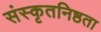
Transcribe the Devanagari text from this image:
संस्कृतनिष्ठता